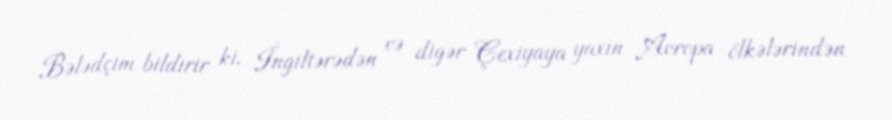
Bələdçim bildirir ki, İngiltərədən və digər Çexiyaya yaxın Avropa ölkələrindən